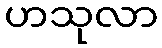
ဟသုလာ